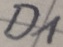
Text: D1